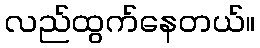
လည်ထွက်နေတယ်။